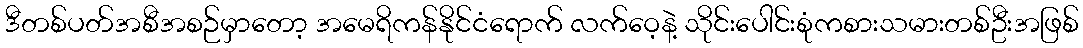
ဒီတစ်ပတ်အစီအစဉ်မှာတော့ အမေရိကန်နိုင်ငံရောက် လက်ဝေ့နဲ့ သိုင်းပေါင်းစုံကစားသမားတစ်ဦးအဖြစ်